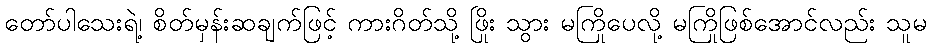
တော်ပါသေးရဲ့၊ စိတ်မှန်းဆချက်ဖြင့် ကားဂိတ်သို့ ဖြိုး သွား မကြိုပေလို့ မကြိုဖြစ်အောင်လည်း သူမ